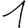
Digit: 1